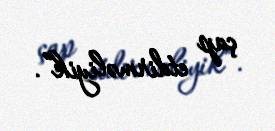
çap etdirməliyik”.